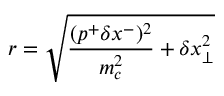
r = \sqrt { \frac { ( p ^ { + } \delta x ^ { - } ) ^ { 2 } } { m _ { c } ^ { 2 } } + \delta x _ { \bot } ^ { 2 } }